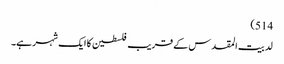
514)
لد بیت المقدس کے قریب فلسطین کا ایک شہر ہے۔